Source: Handwritten
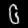
Digit: ၆ (6)